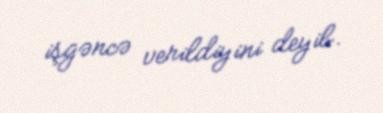
işgəncə verildiyini deyib.